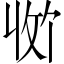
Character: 𪯊